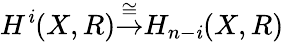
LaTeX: H^{\mathit{i}}(X,R){\stackrel{\cong}{\to}}H_{n-\mathit{i}}(X,R)